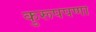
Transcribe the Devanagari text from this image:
कुरूपपणा